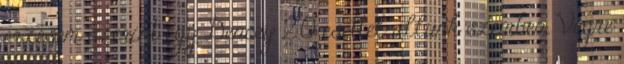
érzésem szerint egy Dencey 2.0 esettel állunk szemben. Végre